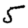
Digit: 5